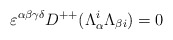
\begin{align*}\varepsilon^{\alpha\beta\gamma\delta}D^{++}(\Lambda^{i}_{\alpha}\Lambda_{\beta{i}})=0\end{align*}